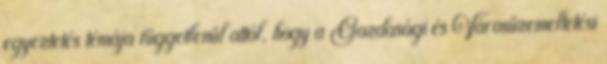
egyeztetés témája függetlenül attól, hogy a Gazdasági és Városüzemeltetési